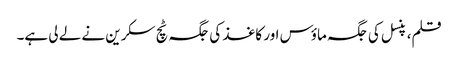
قلم، پنسل کی جگہ ماؤس اور کاغذ کی جگہ ٹچ سکرین نے لے لی ہے۔